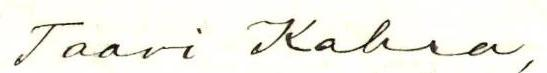
Taavi Kahra,